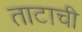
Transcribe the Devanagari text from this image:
ताटाची